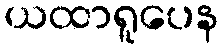
ယထာရူပေန